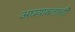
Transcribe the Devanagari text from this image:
अद्ययावतांची